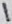
Text: 1